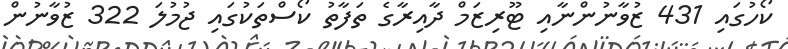
ކޯހުގައި 431 ޒުވާނުންނާއި ޓޫރިޒަމް ދާއިރާގެ ތަފާތު ކޯސްތަކުގައި ޖުމުލަ 322 ޒުވާނުން